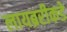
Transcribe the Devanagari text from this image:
लायब्ररीकडे